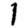
Digit: 1